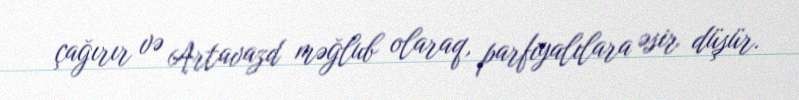
çağırır və Artavazd məğlub olaraq, parfiyalılara əsir düşür.